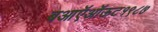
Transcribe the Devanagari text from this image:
बआऍऑऊट१९८७